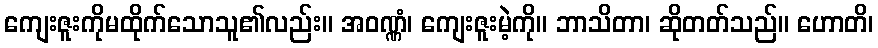
ကျေးဇူးကိုမထိုက်သောသူ၏လည်း။ အဝဏ္ဏံ၊ ကျေးဇူးမဲ့ကို။ ဘာသိတာ၊ ဆိုတတ်သည်။ ဟောတိ၊